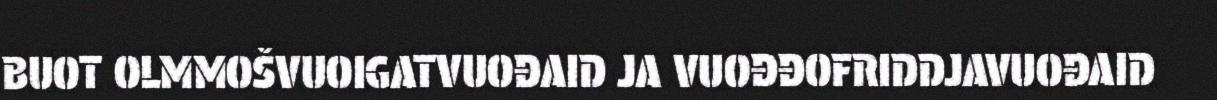
BUOT OLMMOŠVUOIGATVUOĐAID JA VUOĐĐOFRIDDJAVUOĐAID